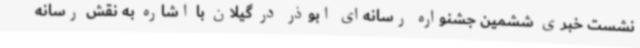
نشست خبری ششمین جشنواره رسانه‌ای ابوذر در گیلان با اشاره به نقش رسانه